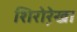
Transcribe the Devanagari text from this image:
शिरोरे़खा